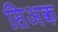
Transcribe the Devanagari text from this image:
सिअक